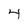
Character: 4